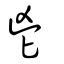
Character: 鬯